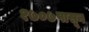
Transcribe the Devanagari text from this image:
१७०७पासून